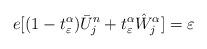
LaTeX: \begin{align*} e[(1-t_{\varepsilon}^{\alpha})\bar{U}_j^n+t_{\varepsilon}^{\alpha}\hat{W}_j^{\alpha}]=\varepsilon \end{align*}